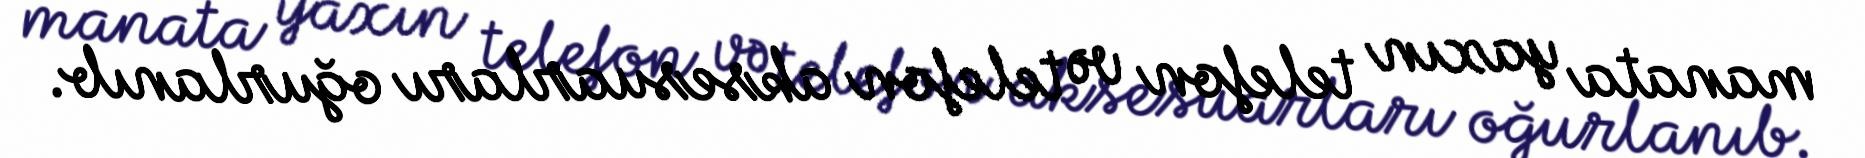
manata yaxın telefon və telefon aksesuarları oğurlanıb.